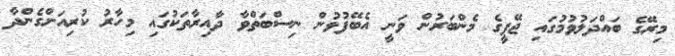
މިރޭގެ ބައްދަލުވުމުގައި ޖޭޕީގެ މެންބަރުން ވަނީ އެބޭފުޅުން ނިސްބަތްވާ ދާއިރާތަކުގައި މިހާރު ކުރިއަށްގެންދާ